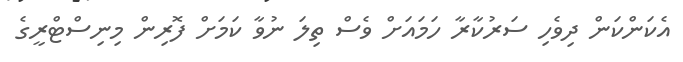
އެކަންކަން ދިވެހި ސަރުކާރާ ހަމައަށް ވެސް ތިލަ ނުވާ ކަމަށް ފޮރިން މިނިސްޓްރީގެ